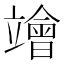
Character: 𥫁